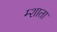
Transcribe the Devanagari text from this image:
म्शाता